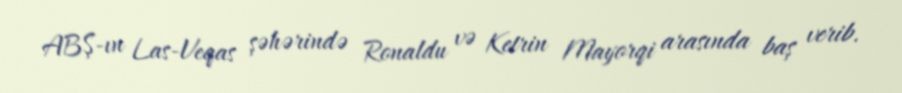
ABŞ-ın Las-Veqas şəhərində Ronaldu və Ketrin Mayorqi arasında baş verib.